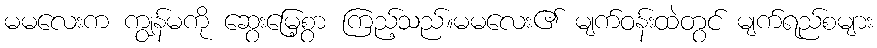
မမလေးက ကျွန်မကို ဆွေးမြေ့စွာ ကြည့်သည်။မမလေး၏ မျက်ဝန်းထဲတွင် မျက်ရည်စများ